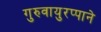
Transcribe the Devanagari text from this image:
गुरुवायुरप्पाने